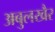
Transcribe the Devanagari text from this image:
अबुलखैर